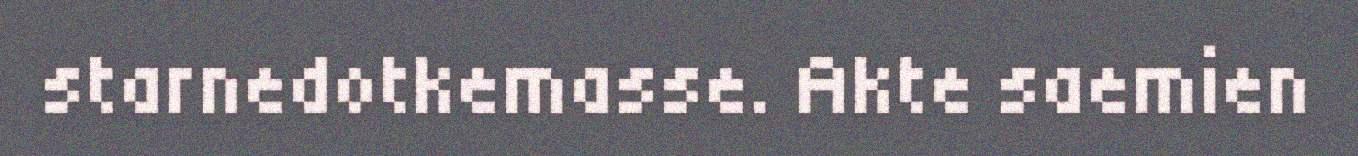
starnedotkemasse. Akte saemien